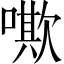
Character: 𠿁